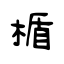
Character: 楯